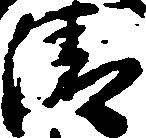
清